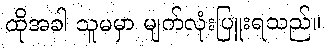
ထိုအခါ သူမမှာ မျက်လုံးပြူးရသည်။